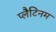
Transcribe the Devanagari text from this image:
प्लैटिनम